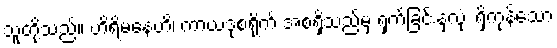
သူတို့သည်။ ဟိရိမနေဟိ၊ ကာယဒုစရိုက် အစရှိသည်မှ ရှက်ခြင်းနှလုံး ရှိကုန်သော